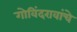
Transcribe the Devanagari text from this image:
गोविंदरावांचे